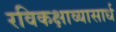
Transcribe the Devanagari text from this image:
रविकक्षाव्यासार्ध